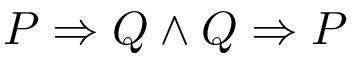
P \Rightarrow Q \land Q \Rightarrow P